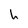
Character: h